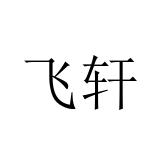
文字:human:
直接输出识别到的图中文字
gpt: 飞轩